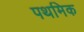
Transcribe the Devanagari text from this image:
पथमिक